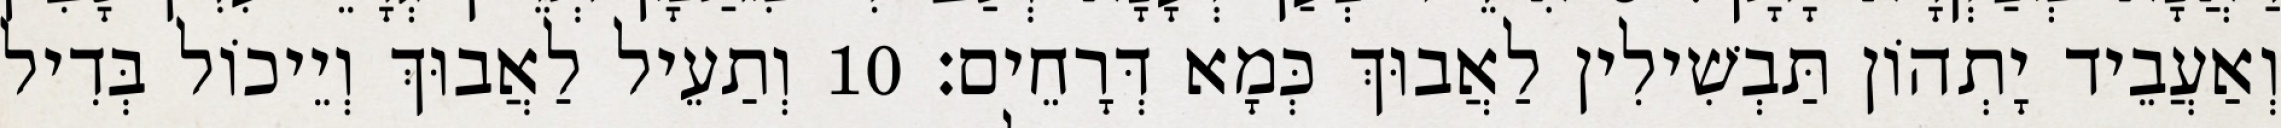
וְאַעֲבֵיד יָתְהוֹן תַּבְשִׁילִין לַאֲבוּךְ כְּמָא דְּרָחֵים׃ 10 וְתַעֵיל לַאֲבוּךְ וְיֵיכוֹל בְּדִיל